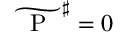
\widetilde { \mathrm { ~ \mathrm { ~ P ~ } ~ } } ^ { \sharp } = 0